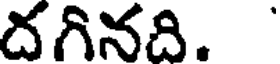
దగినది.